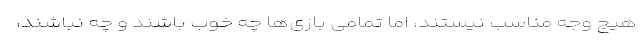
هیچ وجه مناسب نیستند، اما تمامی بازی‌ها چه خوب باشند و چه نباشند،